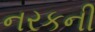
નરકની